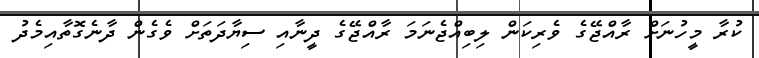
ކުރާ މީހުނަށް ރާއްޖޭގެ ވެރިކަން ލިބިއްޖެނަމަ ރާއްޖޭގެ ދީނާއި ސިޔާދަތަށް ވެގެން ދާނެގޮތާއިމެދު